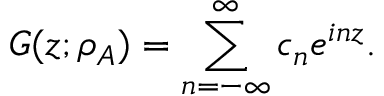
G ( z ; \rho _ { A } ) = \sum _ { n = - \infty } ^ { \infty } c _ { n } e ^ { i n z } .